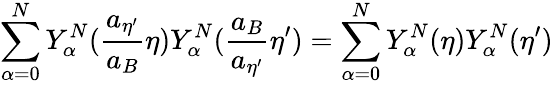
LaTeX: \sum_{\alpha=0}^{N}Y_{\alpha}^{N}(\frac{a_{{\eta}^{\prime}}}{a_{B}}{\eta})Y_{\alpha}^{N}(\frac{a_{B}}{a_{{\eta}^{\prime}}}{\eta}^{\prime})=\sum_{\alpha=0}^{N}Y_{\alpha}^{N}({\eta})Y_{\alpha}^{N}({\eta}^{\prime})